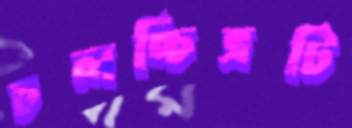
চলচ্চিত্রটি